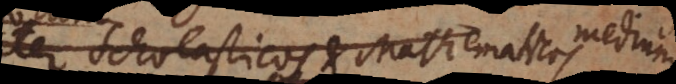
inter Scholasticos et Mathematicos medium